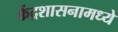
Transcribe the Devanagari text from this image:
केंद्रशासनामध्ये